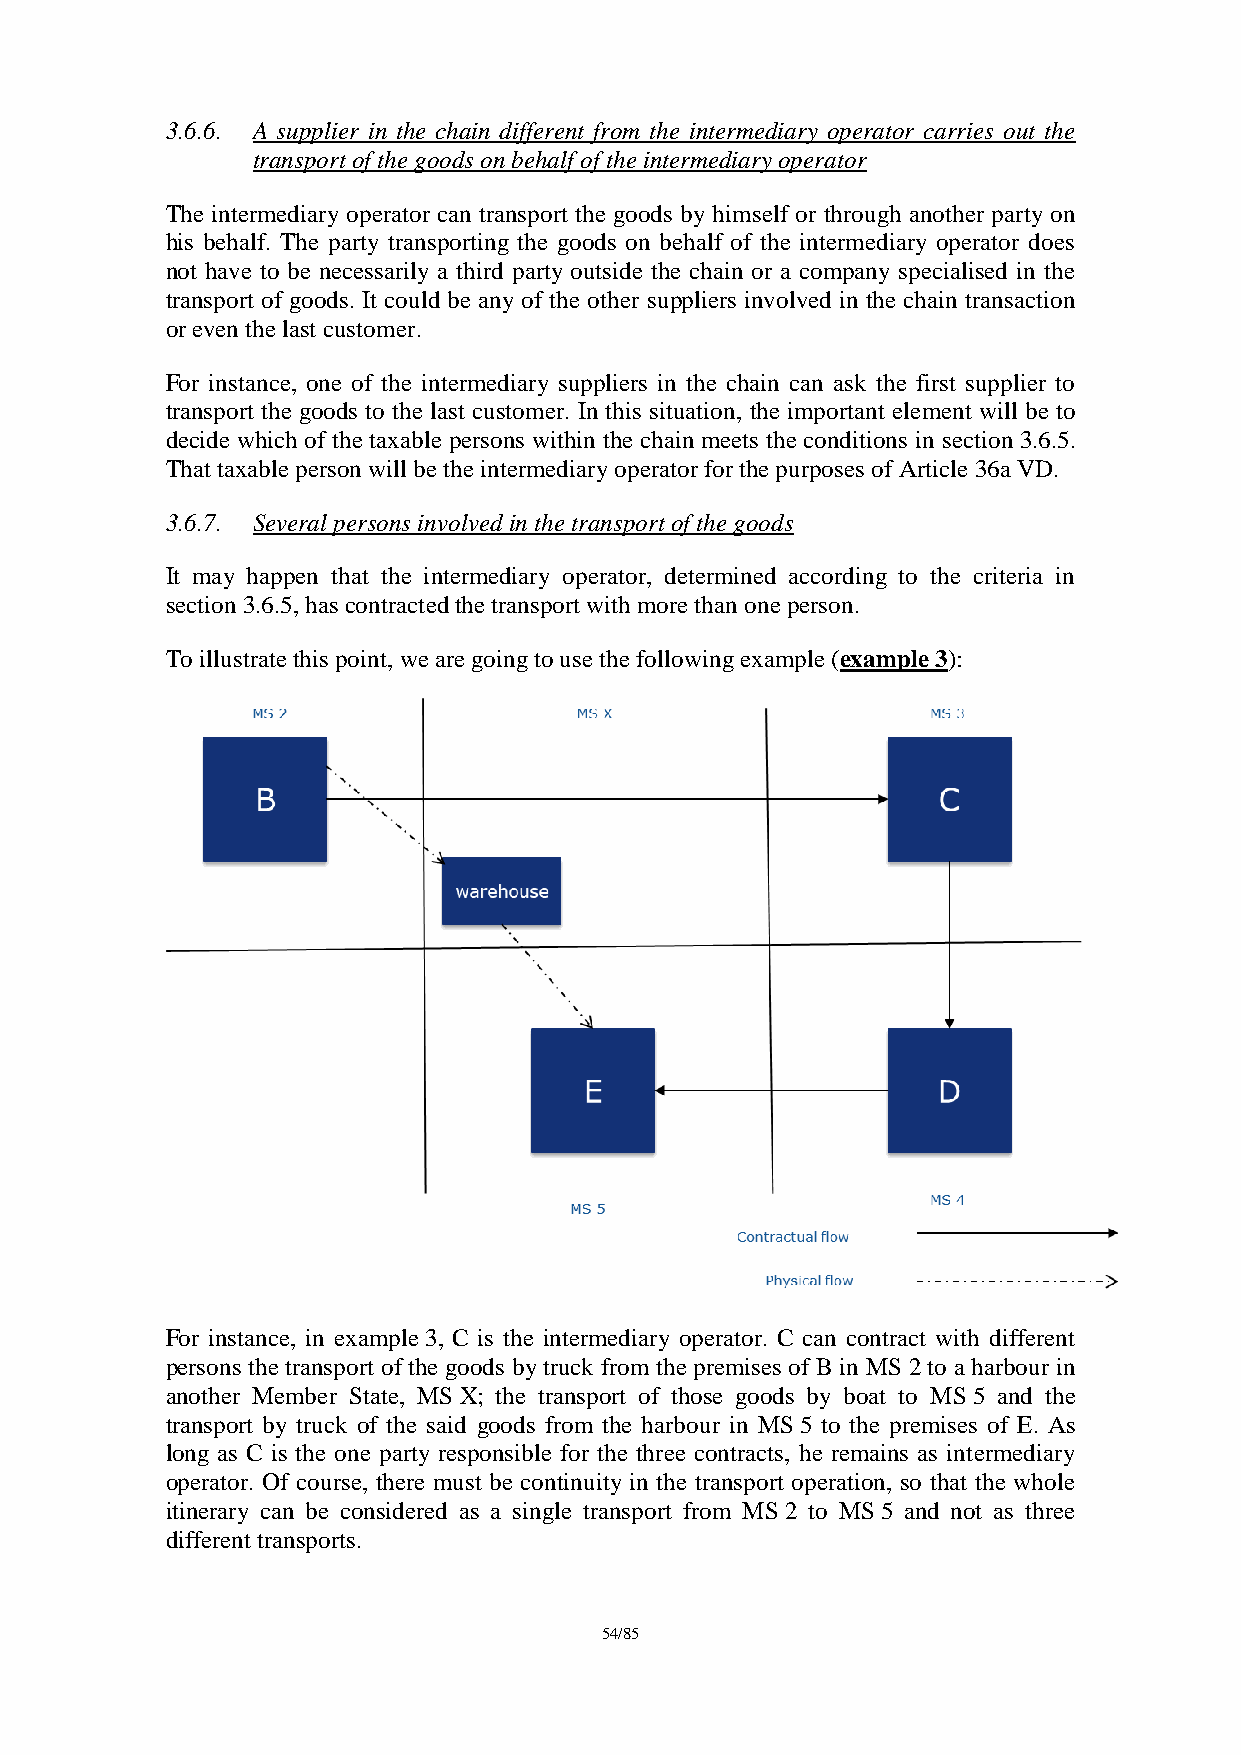
3.6.6. A supplier in the chain different from the intermediary operator carries out the
 transport of the goods on behalf of the intermediary operator
 The intermediary operator can transport the goods by himself or through another party on
 his behalf. The party transporting the goods on behalf of the intermediary operator does
 not have to be necessarily a third party outside the chain or a company specialised in the
 transport of goods. It could be any of the other suppliers involved in the chain transaction
 or even the last customer.
 For instance, one of the intermediary suppliers in the chain can ask the first supplier to
 transport the goods to the last customer. In this situation, the important element will be to
 decide which of the taxable persons within the chain meets the conditions in section 3.6.5.
 That taxable person will be the intermediary operator for the purposes of Article 36a VD.
 3.6.7. Several persons involved in the transport of the goods
 It may happen that the intermediary operator, determined according to the criteria in
 section 3.6.5, has contracted the transport with more than one person.
 To illustrate this point, we are going to use the following example (example 3):
 For instance, in example 3, C is the intermediary operator. C can contract with different
 persons the transport of the goods by truck from the premises of B in MS 2 to a harbour in
 another Member State, MS X; the transport of those goods by boat to MS 5 and the
 transport by truck of the said goods from the harbour in MS 5 to the premises of E. As
 long as C is the one party responsible for the three contracts, he remains as intermediary
 operator. Of course, there must be continuity in the transport operation, so that the whole
 itinerary can be considered as a single transport from MS 2 to MS 5 and not as three
 different transports.
 54/85